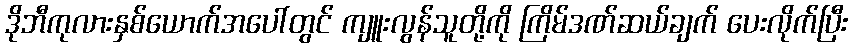
ဒိုဘီကုလားနှစ်ယောက်အပေါ်တွင် ကျူးလွန်သူတို့ကို ကြိမ်ဒဏ်ဆယ်ချက် ပေးလိုက်ပြီး